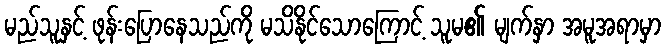
မည်သူနှင့် ဖုန်းပြောနေသည်ကို မသိနိုင်သောကြောင့် သူမ၏ မျက်နှာ အမူအရာမှာ